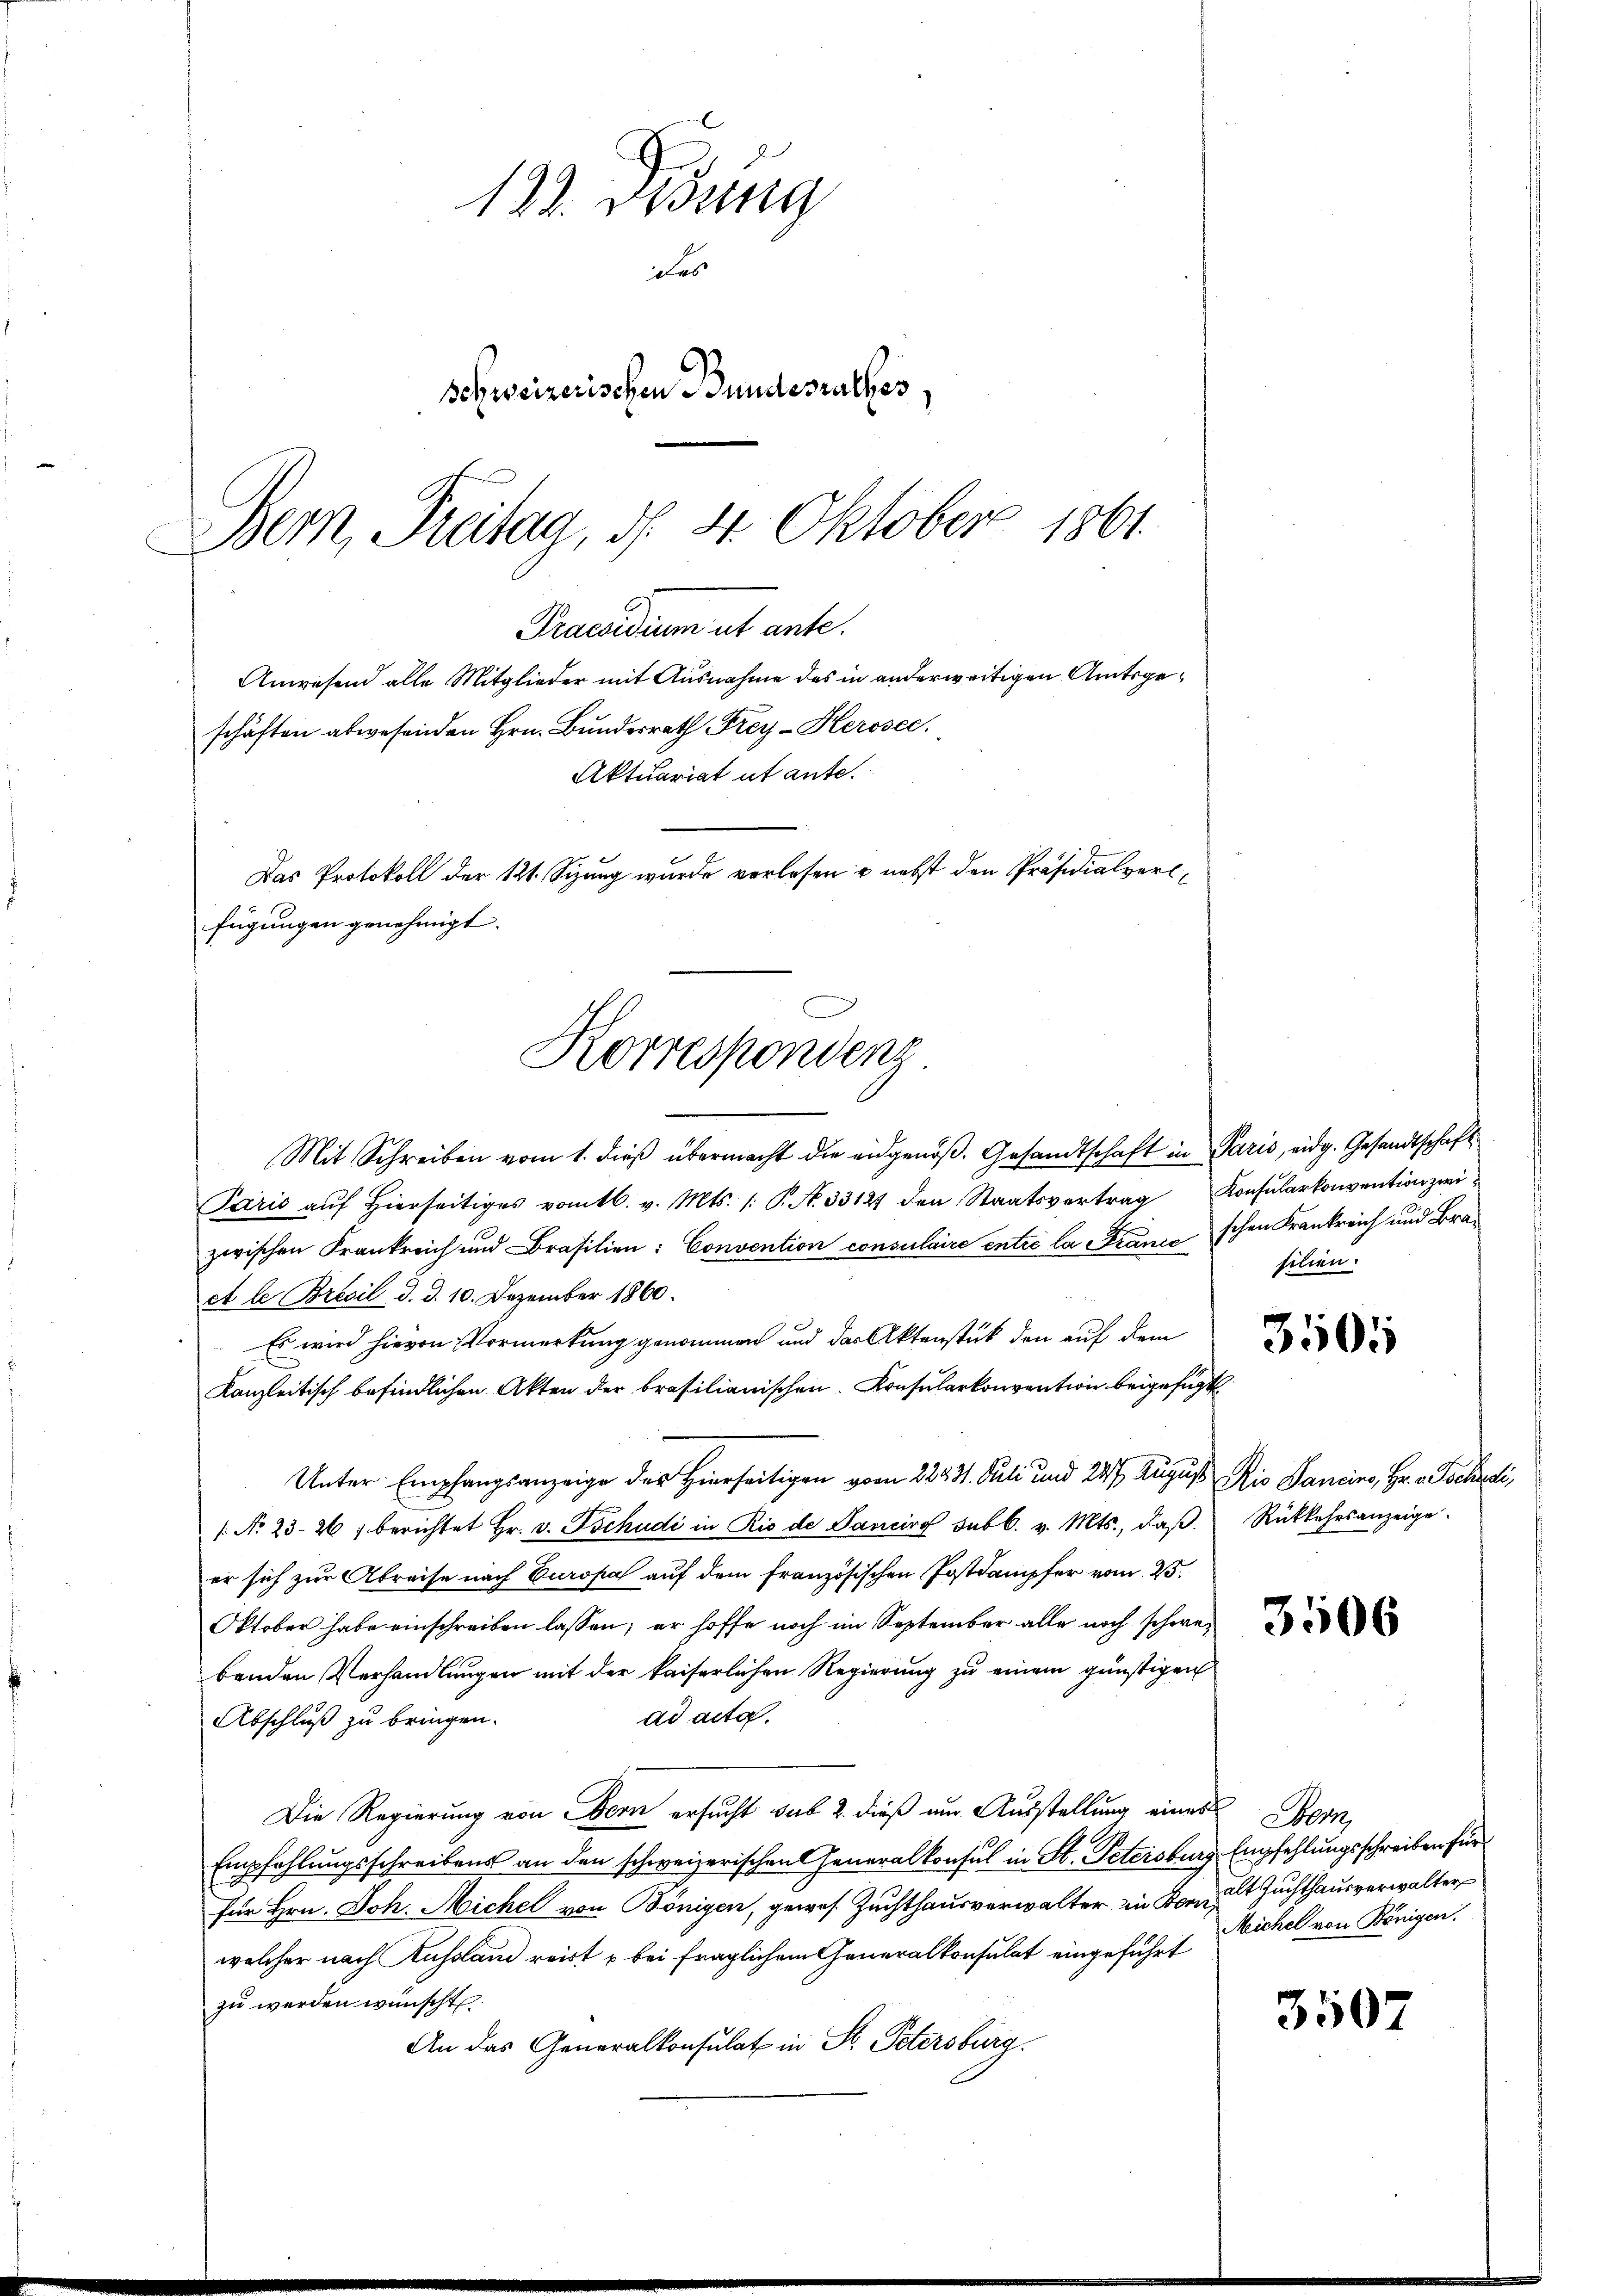
122. Desung
des
schweizerischen Bundesrathes

Bern, Freitag, d. 4. Oktober 1861.
Korrespondenz

Mit Schreiben vom 1. dieß übermacht die eidgenoß. Gesandtschaft in Paris, eidg. Gesandtschaft
Paris aŭf hierseitiges vom 16. v. Mts. /: P. N. 33127 den Staatsvertrag Konsularkonvention zwizwischen Frankreich und Brasilien: Convention consulaire entre la ranić schen Krankreich und Braet le Brevil d. d. 10. Dezember 1860.
Es wird hievon Vormerkung genommen und das Aktenstück den auf dem
Kanzleitisch befindlichen Akten der brasilianischen Konsularkonvention beigefügt
Unter Empfangsanzeige der Hierseitigen vom 224. 31. Juli und 247. August Rio Sanciers, Hr. Tschudi
/: No 23. 261 berichtet Hr. v. Tschudi in Rio de Sanciro sub 6. v. Mts., daß
er sich zur Abreise nach Europa auf dem französischen Postdampfer vom 25.
Oktober habe einschreiben lassen; er hoffe noch im September alle noch schwebenden Verhandlungen mit der kaiserlichen Regierung zu einem günstigen
ad acta.
Abschluß zu bringen.
Die Regierung von Bern ersucht sub 2. dieß um Ausstellung eines Bern,
Empfehlungsschreibens an den schweizerischen Generalkonsul in St. Petersburg Empfehlungsschreiben für
für Hrn. Joh. Michel von Bönigen, gewes Zuchthausverwalter in Konzel Zuchthausverwalter
welcher nach Kussland reist & bei fraglichem Generalkonsulat eingeführt
zu werden wünscht
An das Generalkonsulat in St. Petersburg.

Praesidium ut ante.
Anwesend alle Mitglieder mit Ausnahme des in anderweitigen Amtsgeschäften abwesenden Hrn. Bundesrath Frey-Herosec.
Aktuariat ut ante.
Das Protokoll der 121. Sizung wurde vorlesen u. nebst den Präsidialverfügungen genehmigt.

silien.

3505

Rükkehrsanzeige.

3506

3507

Michel von Königen.